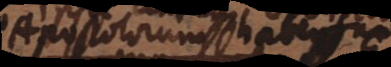
Apostolorum habentur.